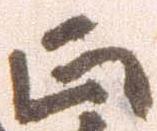
正